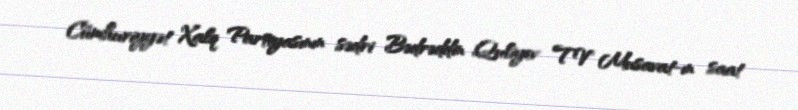
Cümhuriyyət Xalq Partiyasının sədri Bədrəddin Quliyev TV Musavat-ın saat